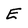
Character: E